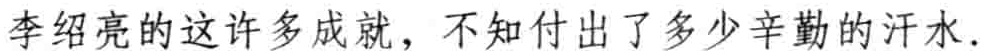
李绍亮的这许多成就，不知付出了多少辛勤的汗水.